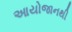
આયોજાનથી